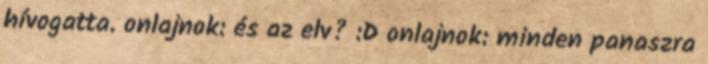
hívogatta. onlajnok: és az elv? :D onlajnok: minden panaszra